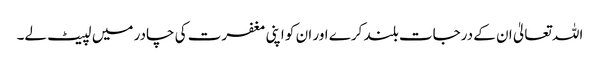
اللہ تعالیٰ ان کے درجات بلند کرے اور ان کو اپنی مغفرت کی چادر میں لپیٹ لے۔